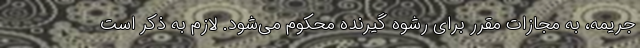
جریمه، به مجازات مقرر برای رشوه گیرنده محکوم می‌شود. لازم به ذکر است